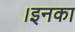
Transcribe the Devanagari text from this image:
।इनका